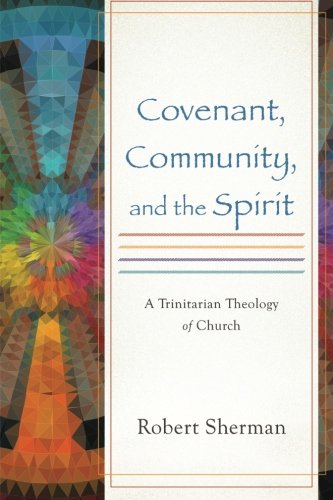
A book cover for Covenant, Community, and the Spirit: A Trinitarian Theology of Church; Robert Sherman; Christian Books & Bibles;